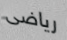
رياضى